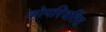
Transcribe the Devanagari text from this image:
कोपरिवर्तित